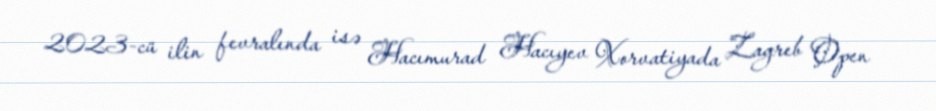
2023-cü ilin fevralında isə Hacımurad Hacıyev Xorvatiyada Zagreb Open